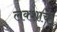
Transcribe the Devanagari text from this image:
लक्शाचे